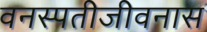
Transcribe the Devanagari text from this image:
वनस्पतीजीवनास